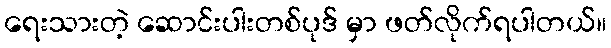
ရေးသားတဲ့ ဆောင်းပါးတစ်ပုဒ် မှာ ဖတ်လိုက်ရပါတယ်။